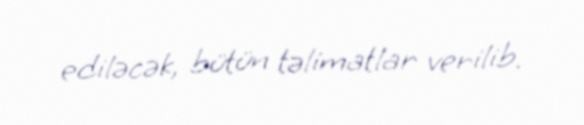
ediləcək, bütün təlimatlar verilib.